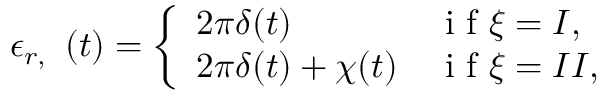
\epsilon _ { r , \textit { \xi } } ( t ) = \left\{ \begin{array} { l l } { 2 \pi \delta ( t ) } & { \textrm { i f } \xi = I , } \\ { 2 \pi \delta ( t ) + \chi ( t ) } & { \textrm { i f } \xi = I I , } \end{array} \right.